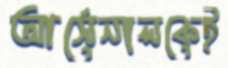
আর্সেনালকেই